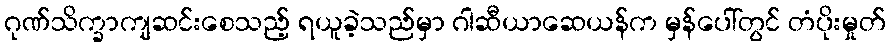
ဂုဏ်သိက္ခာကျဆင်းစေသည့် ရယူခဲ့သည်မှာ ဂါဆီယာဆေယန်က မှန်ပေါ်တွင် တံပိုးမှုတ်